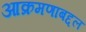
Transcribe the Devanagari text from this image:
आक्रमणाबद्दल